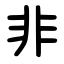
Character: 非